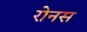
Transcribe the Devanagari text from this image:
रोनस